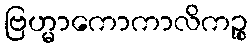
ဗြဟ္မာကောကာလိကဉ္စ